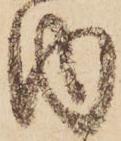
内